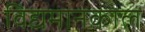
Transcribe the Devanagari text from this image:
विद्यमानकाल